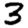
Digit: 3